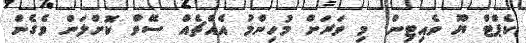
ކެޕްޓް ޔޫ ވެއިޓިން. މި ވަރަށް މުހިންމު އެއްޗެއް ސޭވް ކޮށްލަން ވެގެން